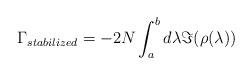
LaTeX: \begin{align*}\Gamma_{stabilized} = - 2 N \int_{a}^{b} d \lambda \Im (\rho(\lambda))\end{align*}